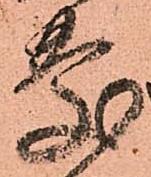
慶